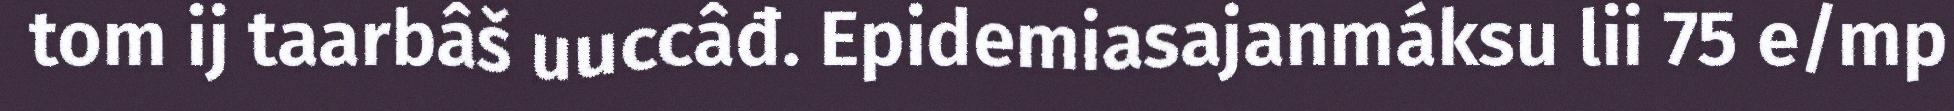
tom ij taarbâš uuccâđ. Epidemiasajanmáksu lii 75 e/mp